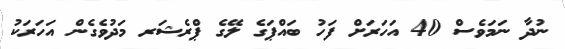
ނުދާ ނަމަވެސް 40 އަހަރަށް ފަހު ބައްޕަގެ ލޭގެ ޕްރެޝަރ މަދުވެގެން އަހަރަކު